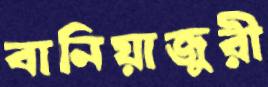
বানিয়াজুরী